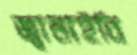
জ্বালাইবি